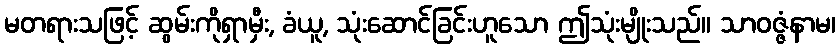
မတရားသဖြင့် ဆွမ်းကိုရှာမှီး, ခံယူ, သုံးဆောင်ခြင်းဟူသော ဤသုံးမျိုးသည်။ သာဝဇ္ဇံနာမ၊